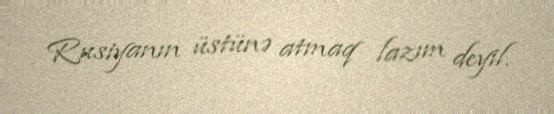
Rusiyanın üstünə atmaq lazım deyil.